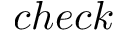
c h e c k